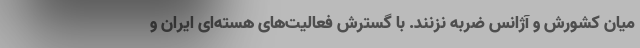
میان کشورش و آژانس ضربه نزنند. با گسترش فعالیت‌های هسته‌ای ایران و